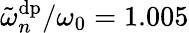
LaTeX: \tilde{\omega}_{n}^{\mathrm{dp}}/\omega_{0}=1.005